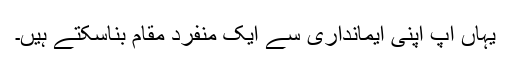
یہاں آپ اپنی ایمانداری سے ایک منفرد مقام بناسکتے ہیں۔